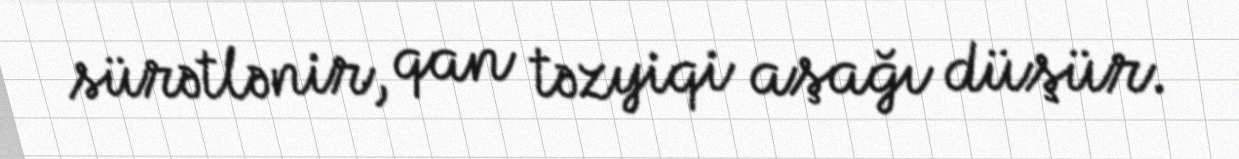
sürətlənir, qan təzyiqi aşağı düşür.